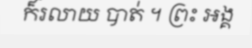
ក៏រលាយ បាត់ ។ ព្រះ អង្គ